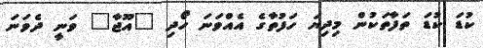
ކުޑަ ކުޑަ ތަފާތަކުން މިދިޔަ ހަފުތާގެ އެއްވަނަ ހޯދި "އޫޖާ" ވަނީ ދެވަނަ